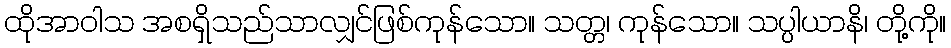
ထိုအာဝါသ အစရှိသည်သာလျှင်ဖြစ်ကုန်သော။ သတ္တ၊ ကုန်သော။ သပ္ပါယာနိ၊ တို့ကို။